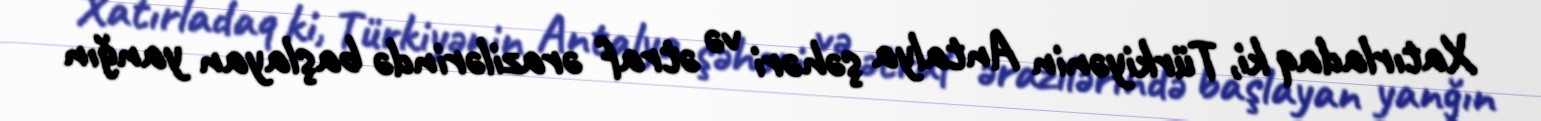
Xatırladaq ki, Türkiyənin Antalya şəhəri və ətraf ərazilərində başlayan yanğın